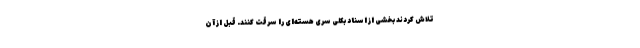
تلاش کردند بخشی از اسناد بکلی سری هسته‌ای را سرقت کنند. قبل از آن